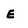
Character: E